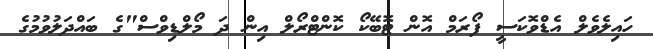
ހައިލެވެލް އެޑްވޮކަސީ ފޯރަމް އޮން ޓޮބޭކޯ ކޮންޓްރޯލް އިން ދަ މޯލްޑިވްސް"ގެ ބައްދަލުވުމުގެ